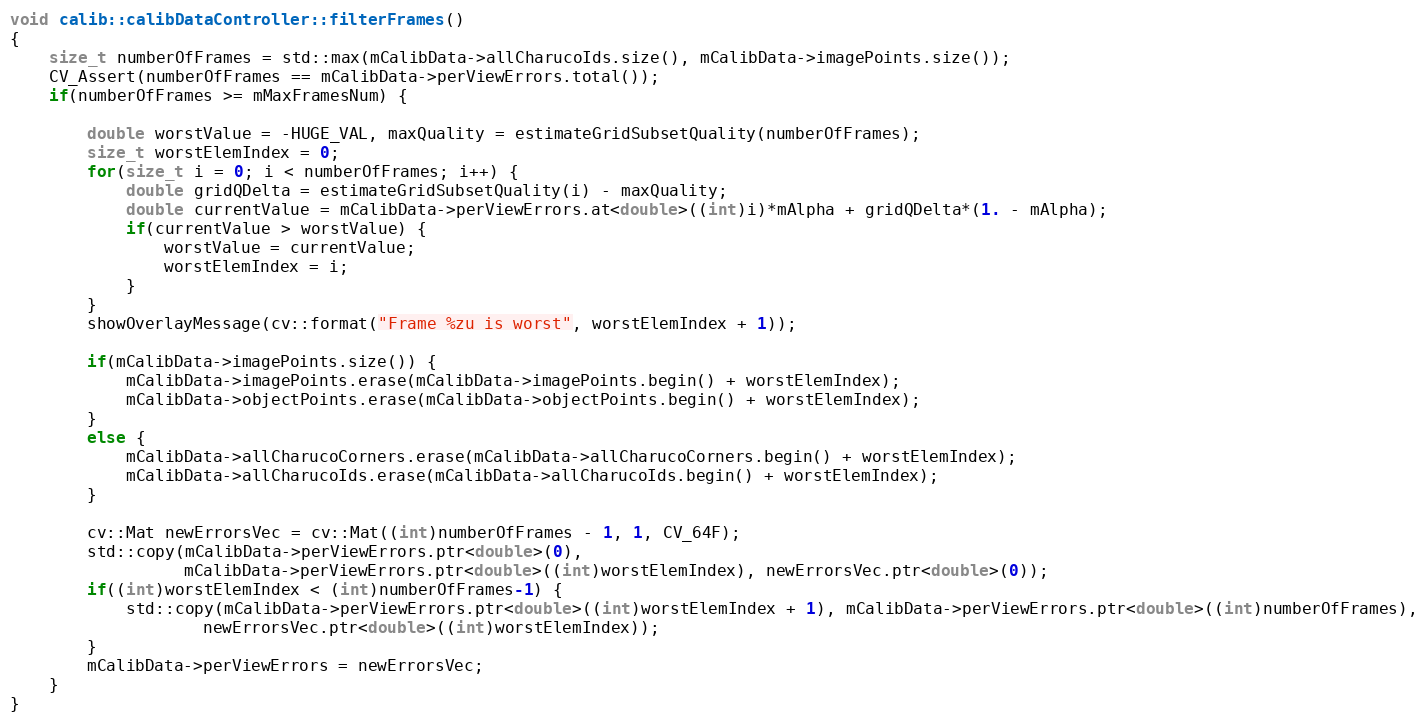
Language: C++
void calib::calibDataController::filterFrames()
{
    size_t numberOfFrames = std::max(mCalibData->allCharucoIds.size(), mCalibData->imagePoints.size());
    CV_Assert(numberOfFrames == mCalibData->perViewErrors.total());
    if(numberOfFrames >= mMaxFramesNum) {

        double worstValue = -HUGE_VAL, maxQuality = estimateGridSubsetQuality(numberOfFrames);
        size_t worstElemIndex = 0;
        for(size_t i = 0; i < numberOfFrames; i++) {
            double gridQDelta = estimateGridSubsetQuality(i) - maxQuality;
            double currentValue = mCalibData->perViewErrors.at<double>((int)i)*mAlpha + gridQDelta*(1. - mAlpha);
            if(currentValue > worstValue) {
                worstValue = currentValue;
                worstElemIndex = i;
            }
        }
        showOverlayMessage(cv::format("Frame %zu is worst", worstElemIndex + 1));

        if(mCalibData->imagePoints.size()) {
            mCalibData->imagePoints.erase(mCalibData->imagePoints.begin() + worstElemIndex);
            mCalibData->objectPoints.erase(mCalibData->objectPoints.begin() + worstElemIndex);
        }
        else {
            mCalibData->allCharucoCorners.erase(mCalibData->allCharucoCorners.begin() + worstElemIndex);
            mCalibData->allCharucoIds.erase(mCalibData->allCharucoIds.begin() + worstElemIndex);
        }

        cv::Mat newErrorsVec = cv::Mat((int)numberOfFrames - 1, 1, CV_64F);
        std::copy(mCalibData->perViewErrors.ptr<double>(0),
                  mCalibData->perViewErrors.ptr<double>((int)worstElemIndex), newErrorsVec.ptr<double>(0));
        if((int)worstElemIndex < (int)numberOfFrames-1) {
            std::copy(mCalibData->perViewErrors.ptr<double>((int)worstElemIndex + 1), mCalibData->perViewErrors.ptr<double>((int)numberOfFrames),
                    newErrorsVec.ptr<double>((int)worstElemIndex));
        }
        mCalibData->perViewErrors = newErrorsVec;
    }
}